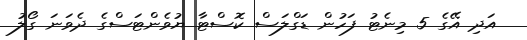
އަދި އޭގެ 5 މިނެޓު ފަހުން ޑަގްލަސް ކޮސްޓާ ޔުވެންޓަސްގެ ދެވަނަ ގޯލު